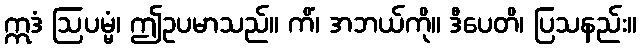
ဣဒံ ဩပမ္မံ၊ ဤဥပမာသည်။ ကိံ၊ အဘယ်ကို။ ဒီပေတိ၊ ပြသနည်း။